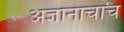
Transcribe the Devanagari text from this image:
अज्ञानाचाच